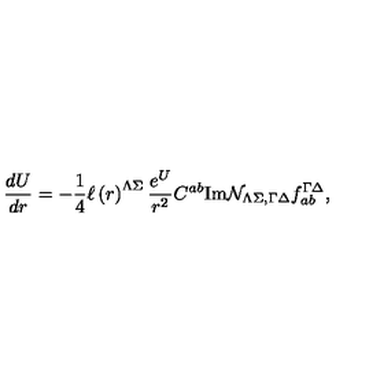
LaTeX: { \frac { d { U } } { d r } } = - { \frac { 1 } { 4 } } \ell \left( r \right) ^ { \Lambda \Sigma } { \frac { e ^ { U } } { r ^ { 2 } } } C ^ { a b } \mathrm { I m } { \cal N } _ { \Lambda \Sigma , \Gamma \Delta } f _ { a b } ^ { \Gamma \Delta } ,